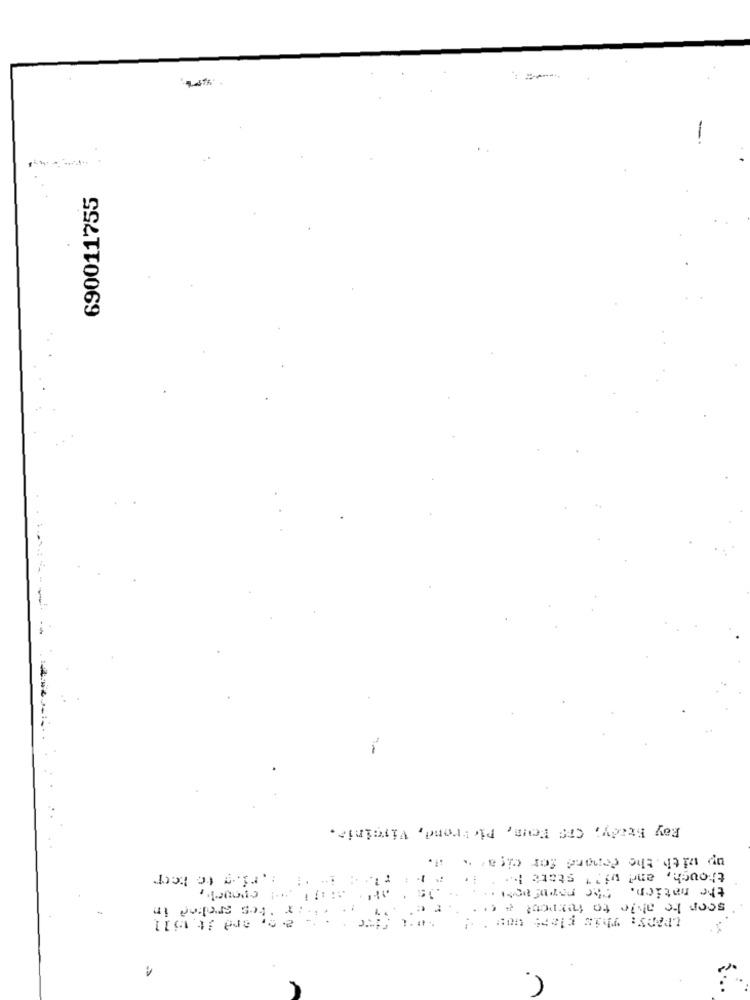
690011755
Ray Brady, CTS Fous, Pictrend, Virginia.
up with . the demand for cita? "
thouch, and wi"" statt !... .